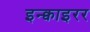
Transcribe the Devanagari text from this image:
इन्क्वाइरर